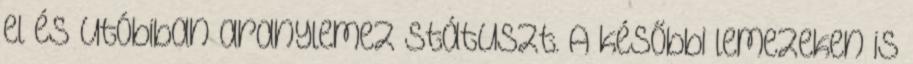
el és utóbiban aranylemez státuszt. A későbbi lemezeken is